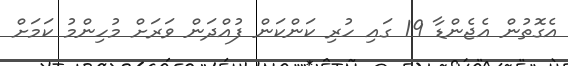
އެގޮތުން އެޖެންޑާ 19 ގައި ހުރި ކަންކަން ފުއްދަން ވަރަށް މުހިންމު ކަމަށް